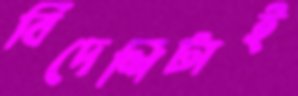
বিদেশিটাই